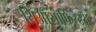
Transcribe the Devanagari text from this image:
थिऑसॉफिस्ट्स